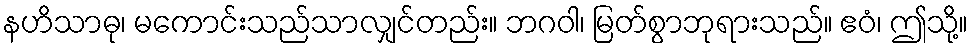
နဟိသာဓု၊ မကောင်းသည်သာလျှင်တည်း။ ဘဂဝါ၊ မြတ်စွာဘုရားသည်။ ဧဝံ၊ ဤသို့။